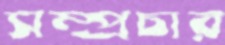
সম্প্রচার